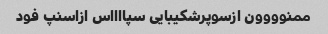
ممنوووون ازسوپرشکیبایی سپااااس ازاسنپ فود